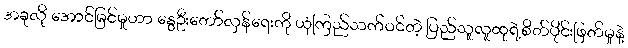
အခုလို အောင်မြင်မှုဟာ နွေဦးတော်လှန်ရေးကို ယုံကြည်သက်ဝင်တဲ့ ပြည်သူလူထုရဲ့စိတ်ပိုင်းဖြတ်မှုနဲ့